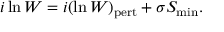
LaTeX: i \ln W = i ( \ln W ) _ { \mathrm { p e r t } } + \sigma S _ { \mathrm { m i n } } .